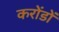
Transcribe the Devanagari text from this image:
करोंडों